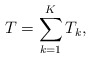
\begin{align*}T=\sum_{k=1}^K T_k ,\end{align*}